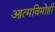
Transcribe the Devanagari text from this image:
आत्मविमोही